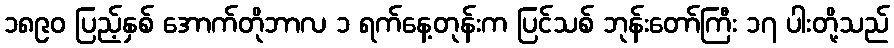
၁၈၉၀ ပြည့်နှစ် အောက်တိုဘာလ ၁ ရက်နေ့တုန်းက ပြင်သစ် ဘုန်းတော်ကြီး ၁၇ ပါးတို့သည်